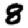
Digit: 8